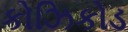
કોઝિકોડ